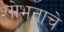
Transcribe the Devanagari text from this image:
शोभनाचे